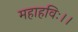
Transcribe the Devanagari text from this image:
महाहविः।।